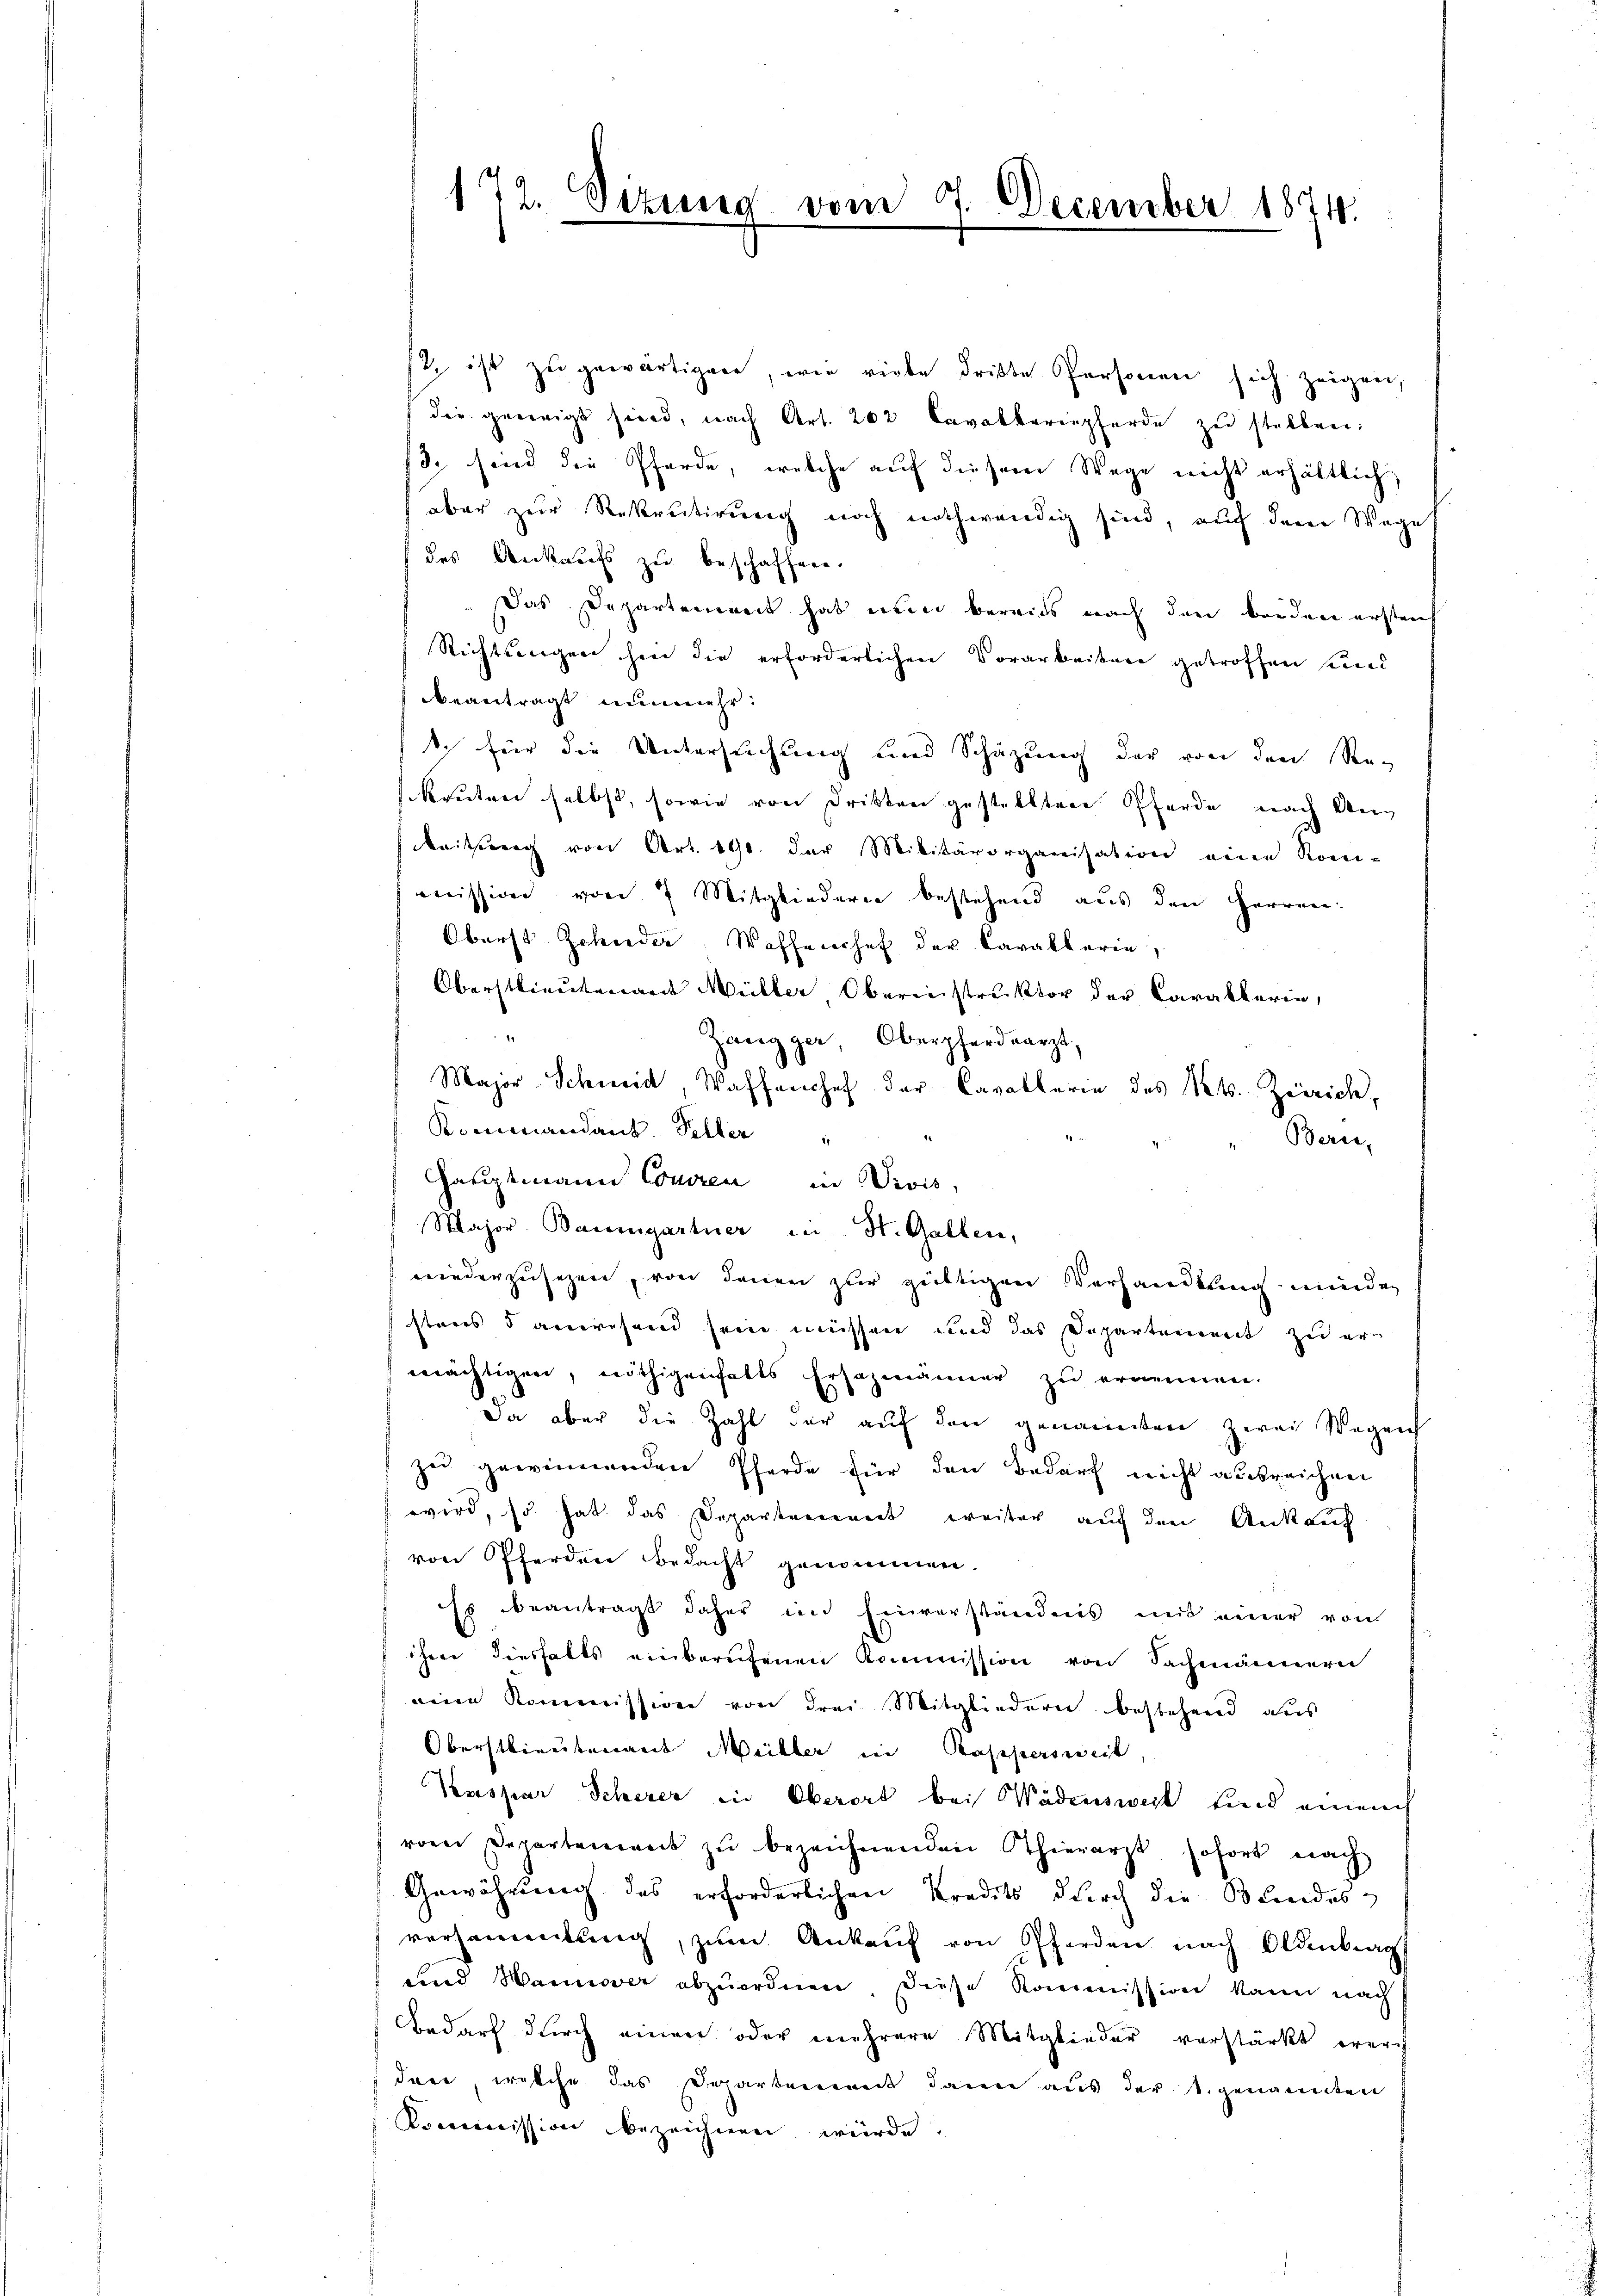
172. Sizung vom 9. December 1874.

2. ist zu gewärtigen, wie viele dritte Personen sich zeigen,
der geneigt sind, nach Art. 262 Cavalleriepferde zu stellen.
/3. sind die Pferde, welche auf diesem Wege nicht erhältlich,
aber zur Rekrutirung noch nothwendig sind, auf dem Wege
des Ankaufs zu beschaffen.
 Das Departement hat nun bereits nach den beiden erstraf
Richtungen hin die erforderlichen Vorarbeiten getroffen eine
beantragt nunmehr:
1. für die Untersuchung und Schäzung der von den Re-
kruten selbst, sowie von Dritten gestellten Pferde nach Ankeitere von Art. 190. der Militärorganisation eine Romi-
mission von 7 Mitgliedern bestehend aus den Herren
Oberst Scheider, Waffenhof der Carakterie,
Oberstlieutenant Müller Oberinistruktor der Carakterin,
.
Zangger, Oberpferdearzt,
Major Schmid, Waffenhef der Cavallerie des Kt. Zürich,
Kommandant. Peller " "
Berne,
Gauptmann Concien in Divis,
Major Baumgartner in St. Gallen,
niederzusehen, von denen zur gültigen Verhandlung wieden
stens 5 anwesend sein müssen und das Departement zuer
mächtigen, nöthigenfalls Ersazmänner zu ernennen.
Da aber die Zahl der auf den genannten zwei Wegen
zu gewinnenden Pferde für den Bedarf nicht ausreichen
wird, so hat das Departanenert weiter auf den Ankauf
von Pferden Bedacht genommen.
Ess beantragt daher im Einverständnis mit einer von
ihrer diesfalls einberufenen Kommission von Sachmännern
eine Kommission von drei Mitgliedern bestehend aus
Oberstlieutenant Meiller in Rappersweil
Kaspar Scherer in Oberort bei Wädenswert find einem
von Departement zŭ bezeichnenden Thierarzt sofort nach
Gewährung des erforderlichen Kredits durch die Beendesversammlung, zŭm Ankaŭf von Pferden nach Oldenberg
und Wannover abzŭordnen. Diese Kommission kann nach
Bedarf durch einen oder mehrere Mitglieder verstärkt erer
dre, welche das Departement dann aus der s. genannten
Kommission bezeichnen würde.